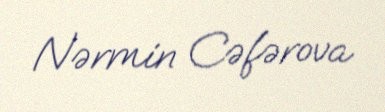
Nərmin Cəfərova